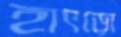
হাৎড়ো